Vaccination in Bombay 1902-1912 - 1902-1912
Year: 1902
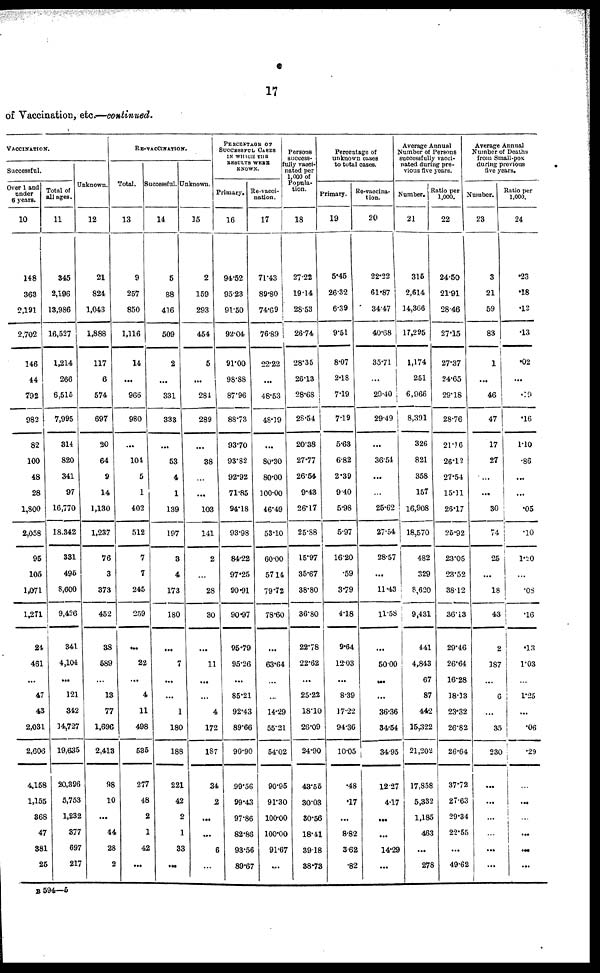
17
of Vaccination, etc.—continued.
VACCINATION.
Successful.
Over 1 and
under
6 years.
10
148
363
2,191
2,702
146
44
792
982
82
100
48
28
1,800
2,058
95
105
1,071
1,271
24
461
...
47
43
2,031
2,606
4,158
1,155
368
47
381
25
Total of
all ages.
11
345
2,196
13,986
16,527
1,214
266
6,515
7,995
314
820
341
97
16,770
18.342
331
495
8,600
9,426
341
4,104
...
121
342
14,727
19,635
20,396
5,753
1,232
377
697
215
Unknown.
12
21
824
1,043
1,888
117
6
574
697
30
64
9
14
1,130
1,237
76
3
373
452
38
589
...
13
77
1,696
2,413
98
10
...
44
28
2
RE-VACCINATION.
Total.
13
9
257
850
1,116
14
...
966
980
...
104
5
1
402
512
7
7
245
259
...
22
...
4
11
498
535
277
48
2
1
42
...
Successful.
14
5
88
416
509
2
...
331
333
...
53
4
1
139
197
3
4
173
180
...
7
...
...
1
180
188
221
42
2
1
33
...
Unknown.
15
2
159
293
454
5
...
284
289
...
38
...
...
103
141
2
...
28
30
...
11
...
...
4
172
187
34
2
...
...
6
...
PERCENTAGE OF
SUCCESSFUL CASES
IN WHICH THE
RESULTS WERE
KNOWN.
Primary.
16
94.52
95.23
91.50
92.04
91.00
98.88
87.96
88.73
93.70
93.82
92.92
71.85
94.18
93.98
84.22
97.25
90.91
90.97
95.79
95.26
...
85.21
92.43
89.66
90.90
99.56
99.43
97.86
82.86
93.56
89.67
Re-vacci¬
nation.
17
71.43
89.80
74.69
76.89
22.22
...
48.53
48.19
...
80.30
80.00
100.00
46.49
53.10
60.00
57.14
79.72
78.60
...
63.64
...
...
14.29
55.21
54.02
90.95
91.30
100.00
100.00
91.67
...
Percenta
success¬
fully vac
nated pe
1,000 of
Popula¬
tion.
18
27.22
19.14
28.53
26.74
28.35
26.13
28.68
28.54
20.38
27.77
26.54
9.43
26.17
25.88
15.97
35.67
38.80
36.80
22.78
22.62
...
25.22
18.10
26.09
24.90
43.55
30.03
30.56
18.41
39.18
38.73
Percentage of
unknown eases
to total cases.
Primary.
19
5.45
26.32
6.39
9.51
8.07
2.18
7.19
7.19
5.63
6.82
2.39
9.40
5.98
5.97
16.20
.59
3.79
4.18
9.64
12.03
...
8.39
17.22
94.36
10.05
.48
.17
...
8.82
3.62
.82
Re-vaccina¬
tion.
20
22.22
61.87
34.47
40.68
35.71
...
29.40
29.49
...
36.54
...
...
25.62
27.54
28.57
...
11.43
11.58
...
50.00
...
...
36.36
34.54
34.95
12.27
4.47
...
...
14.29
...
Average Annual
Number of Persons
successfully vacci-
nated during pre-
vious five years.
Number.
21
315
2,614
14,366
17,295
1,174
251
6,966
8,391
326
821
358
157
16,908
18,570
482
329
8,620
9,431
441
4,843
67
87
442
15,322
21,202
17,858
5,332
1,185
463
...
278
Ratio per
1,000.
22
24.50
21.91
28.46
27.15
27.37
24.65
29.18
28.76
21.16
26.12
27.54
15.11
26.17
25.92
23.05
23.52
38.12
36.13
29.46
26.64
16.28
18.13
23.32
26.82
26.64
37.72
27.63
29.34
22.55
...
49.62
Average Annual
Number of Deaths
from Small-pox
during previous
five years.
Number.
23
3
21
59
83
1
...
46
47
17
27
...
...
30
74
25
...
18
43
2
187
...
6
...
35
230
...
...
...
...
...
...
Ratio per
1,000.
24
.23
.18
.12
.13
.02
...
.19
.16
1.10
.86
...
...
.05
.10
1.20
...
.08
.16
.13
1.03
...
1.25
...
.06
.29
...
...
...
...
...
...
B 594—5